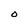
Character: O